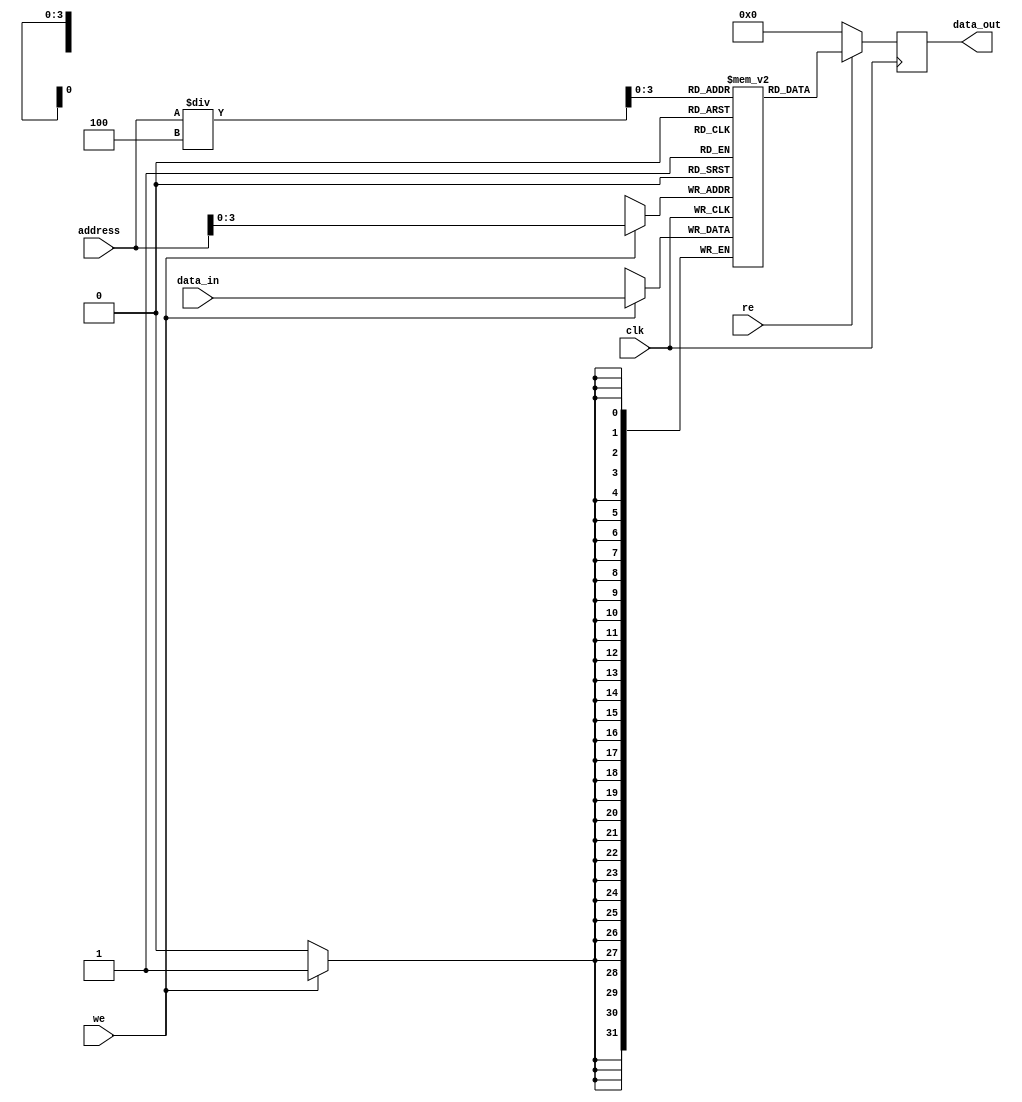
`timescale 1ns / 1ps
//////////////////////////////////////////////////////////////////////////////////
// Company: 
// Engineer: 
// 
// Design Name: 
// Module Name:    sp_ram_rw_instruction 
// Project Name: 
// Target Devices: 
// Tool versions: 
// Description: 
//
// Dependencies: 
//
// Revision: 
// Revision 0.01 - File Created
// Additional Comments: 
//
//////////////////////////////////////////////////////////////////////////////////
module sp_ram_rw_instruction(
  clk		,	// clock
address , // address Input
data_in    , // data in
data_out    , // data out
re      , // read enable
we       // write enable
); 

parameter DATA_WIDTH = 32;
parameter ADDR_WIDTH = 32;
parameter RAM_DEPTH = 16;

//--------------Input Ports----------------------- 
input clk;
input [ADDR_WIDTH-1:0] address;
input re;
input we;  
input [DATA_WIDTH-1:0] data_in;

//--------------Output Ports----------------------- 
output reg [DATA_WIDTH-1:0] data_out; 

//--------------Internal variables---------------- 
reg [DATA_WIDTH-1:0] mem [0:RAM_DEPTH-1];

//--------------Code Starts Here------------------ 

// Memory Write Block 

// Write Operation : When we = 1
//assign data = (re && !we) ? data_out : 8'b0;

always @ (negedge clk)
begin : MEM_WRITE
  if (we) begin
     mem[address] <= data_in;
  end
end

// Memory Read Block 
// Read Operation : When re = 1
always @ (posedge clk)
begin : MEM_READ
  if (re) begin
    data_out <= mem[address/4]; 
  end else begin
    data_out <= 0; 
  end
end 
endmodule